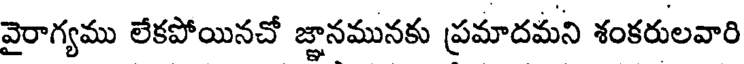
వైరాగ్యము లేకపోయినచో జ్ఞానమునకు ప్రమాదమని శంకరులవారి